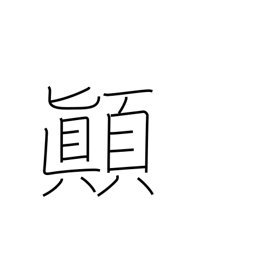
Meaning: upset